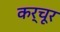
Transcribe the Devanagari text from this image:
कर्चूर